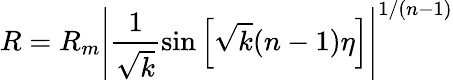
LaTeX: R=R_{m}\left|\frac 1{\sqrt{k}}\sin\left[\sqrt{k}(n-1)\eta\right]\right|^{1/(n-1)}